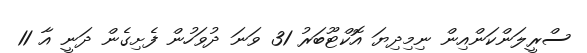
ސްރީލަންކަންއިން ނިމިދިޔަ އޮކްޓޫބަރު 31 ވަނަ ދުވަހުން ފެށިގެން ދަނީ އާ 11